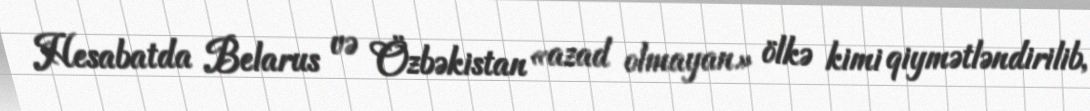
Hesabatda Belarus və Özbəkistan «azad olmayan» ölkə kimi qiymətləndirilib,